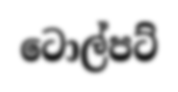
ටොල්පට්